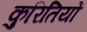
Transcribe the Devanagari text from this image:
कुरितियों